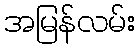
အမြန်လမ်း